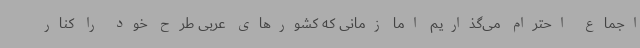
اجماع احترام می‌گذاریم اما زمانی که کشورهای عربی طرح خود را کنار